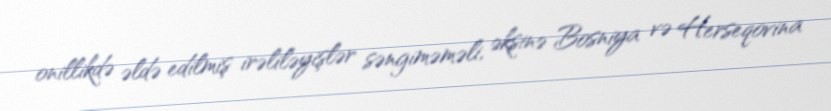
onillikdə əldə edilmiş irəliləyişlər səngiməməli, əksinə Bosniya və Herseqovina